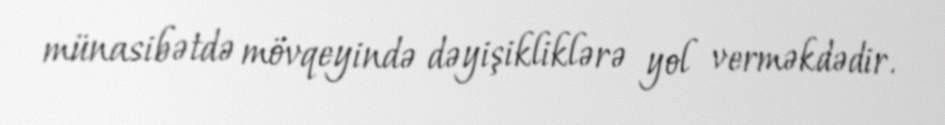
münasibətdə mövqeyində dəyişikliklərə yol verməkdədir.